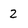
Character: 2